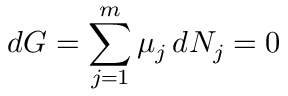
d G = \sum _ { j = 1 } ^ { m } \mu _ { j } \, d N _ { j } = 0